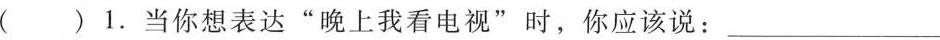
( ) 1. 当你想表达 “ 晚上我看电视 " 时,你应该说：___